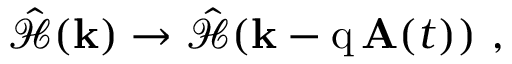
\hat { \mathcal { H } } ( \mathbf { k } ) \to \hat { \mathcal { H } } ( \mathbf { k } - \mathrm { q } \, \mathbf { A } ( t ) ) \mathrm { ~ , ~ }